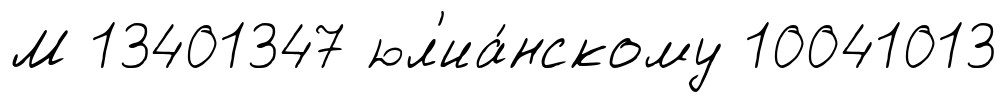
М 13401347 юл'иа́нскому 10041013